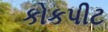
કોકપીટ